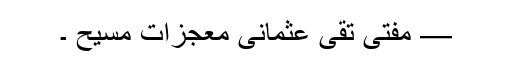
— مفتی تقی عثمانی معجزاتِ مسیح ۔